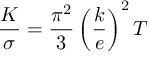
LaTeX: { \frac { K } { \sigma } } = { \frac { \pi ^ { 2 } } { 3 } } \left( { \frac { k } { e } } \right) ^ { 2 } T